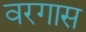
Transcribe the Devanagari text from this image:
वरगास